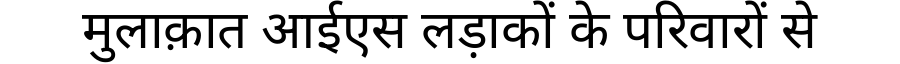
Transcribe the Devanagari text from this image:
मुलाक़ात आईएस लड़ाकों के परिवारों से